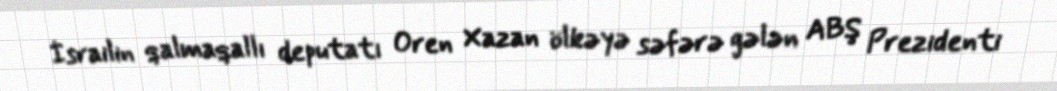
İsrailin qalmaqallı deputatı Oren Xazan ölkəyə səfərə gələn ABŞ Prezidenti